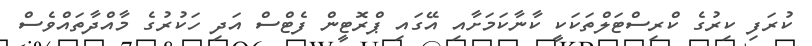
ކުރަފި ކިރުގެ ކްރިސްޓަލްތަކަކީ ކާނާކަމަށާއި އޭގައި ޕްރޮޓީން ފެޓްސް އަދި ހަކުރުގެ މާއްދާތައްވެސް